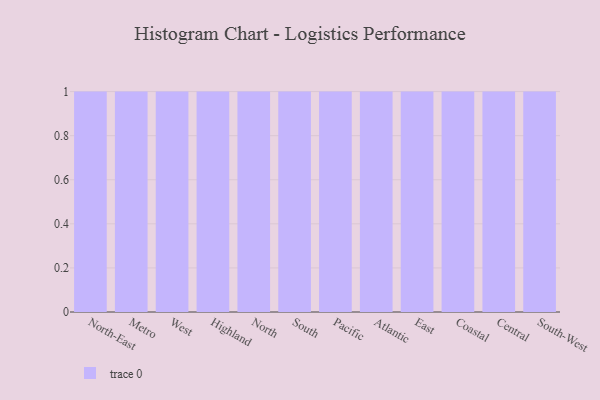
{"axis": {"x": "Region", "y": "Customer Acquisition Cost (USD)"}, "legend": [""], "data": [{"x": "North-East", "y": 57, "type": ""}, {"x": "Metro", "y": 83, "type": ""}, {"x": "West", "y": 80, "type": ""}, {"x": "Highland", "y": 15, "type": ""}, {"x": "North", "y": 10, "type": ""}, {"x": "South", "y": 3, "type": ""}, {"x": "Pacific", "y": 82, "type": ""}, {"x": "Atlantic", "y": 7, "type": ""}, {"x": "East", "y": 92, "type": ""}, {"x": "Coastal", "y": 95, "type": ""}, {"x": "Central", "y": 76, "type": ""}, {"x": "South-West", "y": 41, "type": ""}]}